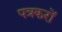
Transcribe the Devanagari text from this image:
पत्रकरों